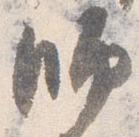
師